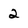
Character: 2